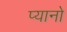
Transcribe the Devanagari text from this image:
प्यानो